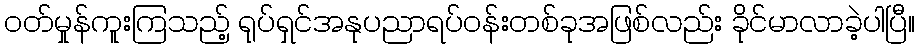
ဝတ်မှုန်ကူးကြသည့် ရုပ်ရှင်အနုပညာရပ်ဝန်းတစ်ခုအဖြစ်လည်း ခိုင်မာလာခဲ့ပါပြီ။